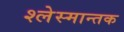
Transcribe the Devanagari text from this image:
श्लेस्मान्तक